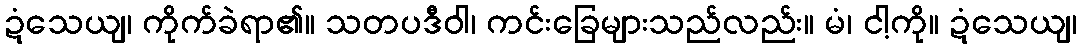
ဍံသေယျ၊ ကိုက်ခဲရာ၏။ သတပဒီဝါ၊ ကင်းခြေများသည်လည်း။ မံ၊ ငါ့ကို။ ဍံသေယျ၊